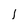
Character: 1